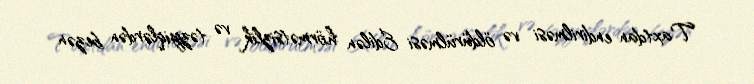
Taxtdan endirilməsi və öldürülməsi Edilən hörmətsizlik və təzyiqlərdən bezən